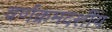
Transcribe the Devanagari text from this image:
वर्णक्रमदर्शीय